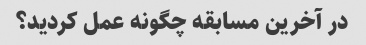
در آخرین مسابقه چگونه عمل کردید؟